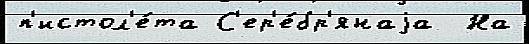
п'истол'е́та С'ер'е́бр'янаjа  На